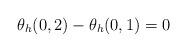
LaTeX: \begin{align*}\theta_{h}(0,2) - \theta_{h}(0,1) = 0\end{align*}